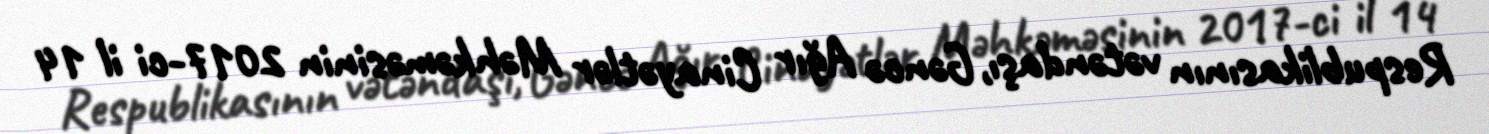
Respublikasının vətəndaşı, Gəncə Ağır Cinayətlər Məhkəməsinin 2017-ci il 14